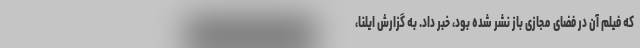
که فیلم آن در فضای مجازی باز نشر شده بود، خبر داد. به گزارش ایلنا،